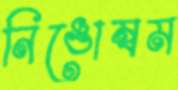
নিঙোম্বম